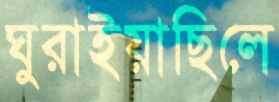
ঘুরাইয়াছিলে